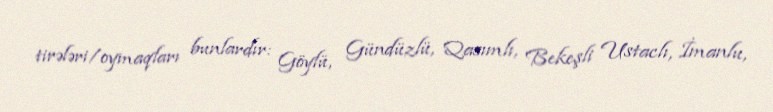
tirələri/oymaqları bunlardır: Göylü, Gündüzlü, Qasımlı, Bekeşli Ustaclı, İmanlu,